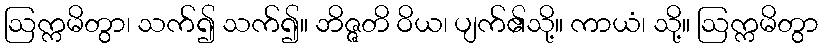
ဩက္ကမိတွာ၊ သက်၍ သက်၍။ ဘိဇ္ဇတိ ဝိယ၊ ပျက်၏သို့။ ကာယံ၊ သို့။ ဩက္ကမိတွာ